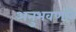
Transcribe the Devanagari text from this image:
अनुभवणारे